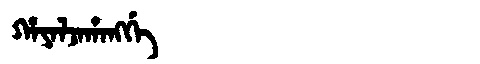
Manchu: ᡥᠠᠶᠠᠯᠵᠠᡥᠠᠩᡤᡝ
Romanization: HAYALJAHANGGE